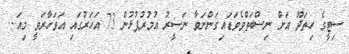
ސިޓީގެ ހިތަދޫ އަށް ނިސްބަތްވެވަޑައިގަންނަވާ ނަސީރު އުމުރުފުޅުން 73 އަހަރުގައި އަވަހާރަވީ މިއަ...